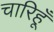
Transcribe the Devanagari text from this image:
चारिहूँ